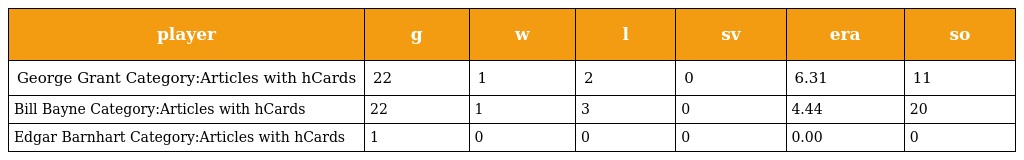
| player | g | w | l | sv | era | so |
 | --- | --- | --- | --- | --- | --- | --- |
 | George Grant Category:Articles with hCards | 22 | 1 | 2 | 0 | 6.31 | 11 |
 | Bill Bayne Category:Articles with hCards | 22 | 1 | 3 | 0 | 4.44 | 20 |
 | Edgar Barnhart Category:Articles with hCards | 1 | 0 | 0 | 0 | 0.00 | 0 |